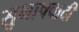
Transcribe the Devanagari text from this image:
सुभाषवादी